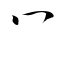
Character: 冖